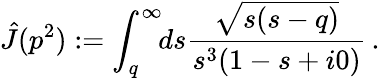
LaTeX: \hat{J}(p^{2}):=\int_{q}^{\infty}\! \! ds\frac{\sqrt{s(s-q)}}{s^{3}(1-s+i0)}\, .